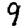
Digit: 9